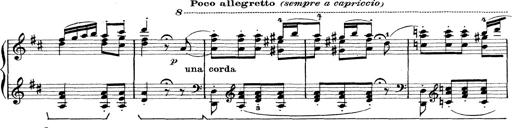
Title: Rapsodie: 19 ungheresi, 1 spagnuola
Composer: Franz Liszt